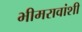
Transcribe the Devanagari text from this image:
भीमरावांशी